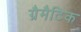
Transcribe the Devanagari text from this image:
ग्रैमैटिक